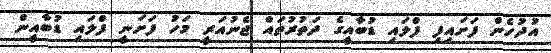
އުދުހެން ފަށައިފި ފްލައި ޑުބާއީގެ ދަތުރުތައް ޖެނުއަރީ މަހު ފަށަނީ ފްލައި ޑުބާއީން